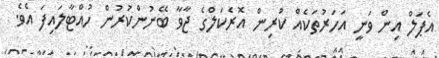
އެޕަލް އިން ވަނީ އަހަރުތަކެއް ކުރިން އޮރެކަލްގެ ޖާވާ ބޭނުންކުރުން ހުއްޓާލައިފަ އެވެ.